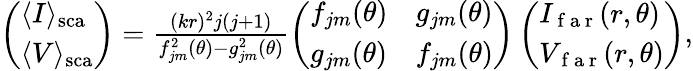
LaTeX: \begin{array}{r}{\left(\begin{array}{l}{\langle I\rangle_{\mathrm{{sca}}}}\\ {\langle V\rangle_{\mathrm{{sca}}}}\end{array}\right)=\frac{(kr)^{2}j(j+1)}{f_{jm}^{2}(\theta)-g_{jm}^{2}(\theta)}\left(\begin{array}{ll}{f_{jm}(\theta)}&{g_{jm}(\theta)}\\ {g_{jm}(\theta)}&{f_{jm}(\theta)}\end{array}\right)\left(\begin{array}{l}{I_{\mathrm{~f~a~r~}}(r,\theta)}\\ {V_{\mathrm{~f~a~r~}}(r,\theta)}\end{array}\right),}\end{array}